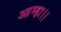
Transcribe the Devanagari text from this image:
आम्हा।।